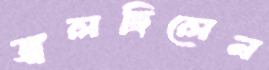
জ্বলছিলেন